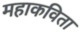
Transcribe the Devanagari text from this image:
महाकविता